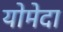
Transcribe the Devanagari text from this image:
योमेदा